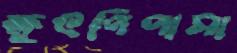
ক্ষুৎপিপাসা